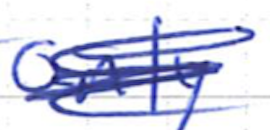
Text: only
Cross-out: scratch
Writing tool: ballpoint